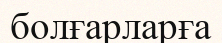
болғарларға